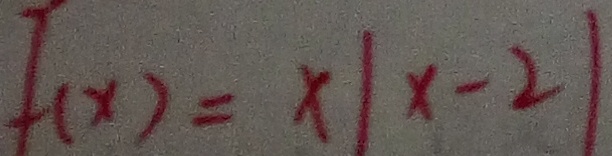
f ( x ) = x \vert x - 2 \vert